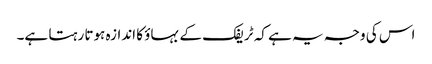
اس کی وجہ یہ ہے کہ ٹریفک کے بہاؤ کا اندازہ ہوتا رہتا ہے۔